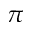
\pi